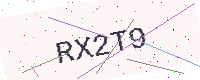
Text: RX2T9